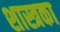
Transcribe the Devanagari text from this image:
शास्त्रका